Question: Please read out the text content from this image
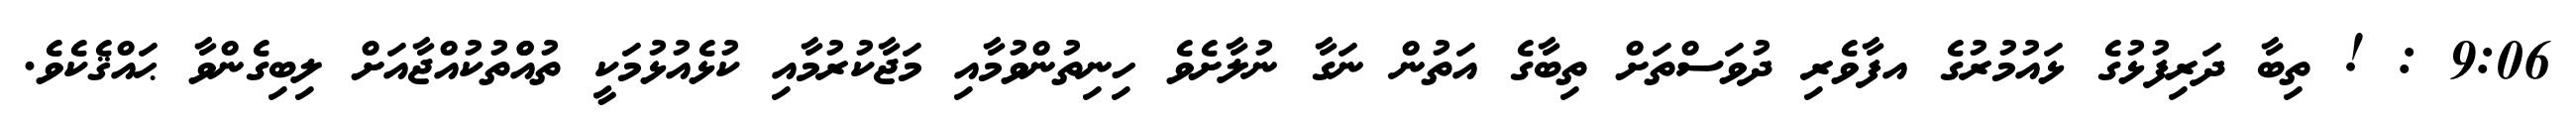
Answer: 9:06 : ! ތިބާ ދަރިފުޅުގެ ޅައުމުރުގެ އފާވެރި ދުވަސްތަށް ތިބާގެ އަތުން ނަގާ ނުލާށެވެ ހިނިތުންވުމާއި މަޖާކުރުމާއި ކުޅެއުޅުމަކީ ތުއްްތުކުއްޖާއަށް ލިބިގެންވާ ޙައްޤެކެވެ.